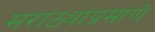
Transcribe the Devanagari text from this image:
मराठ्यांप्रमाणे